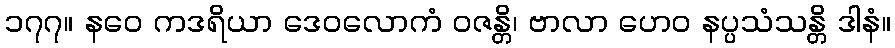
၁၇၇။ နဝေ ကဒရိယာ ဒေဝလောကံ ဝဇန္တိ၊ ဗာလာ ဟေဝ နပ္ပသံသန္တိ ဒါနံ။